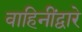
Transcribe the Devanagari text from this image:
वाहिनींद्वारे